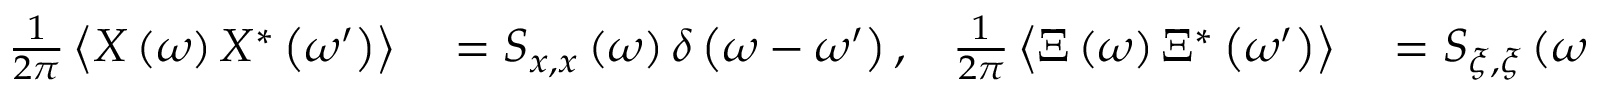
\begin{array} { r l r l } { \frac { 1 } { 2 \pi } \left\langle X \left( \omega \right) X ^ { * } \left( \omega ^ { \prime } \right) \right\rangle } & { { } = S _ { x , x } \left( \omega \right) \delta \left( \omega - \omega ^ { \prime } \right) , } & { \frac { 1 } { 2 \pi } \left\langle \Xi \left( \omega \right) \Xi ^ { * } \left( \omega ^ { \prime } \right) \right\rangle } & { { } = S _ { \xi , \xi } \left( \omega \right) \delta \left( \omega - \omega ^ { \prime } \right) , } \end{array}